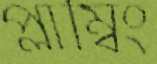
প্লাম্বিং